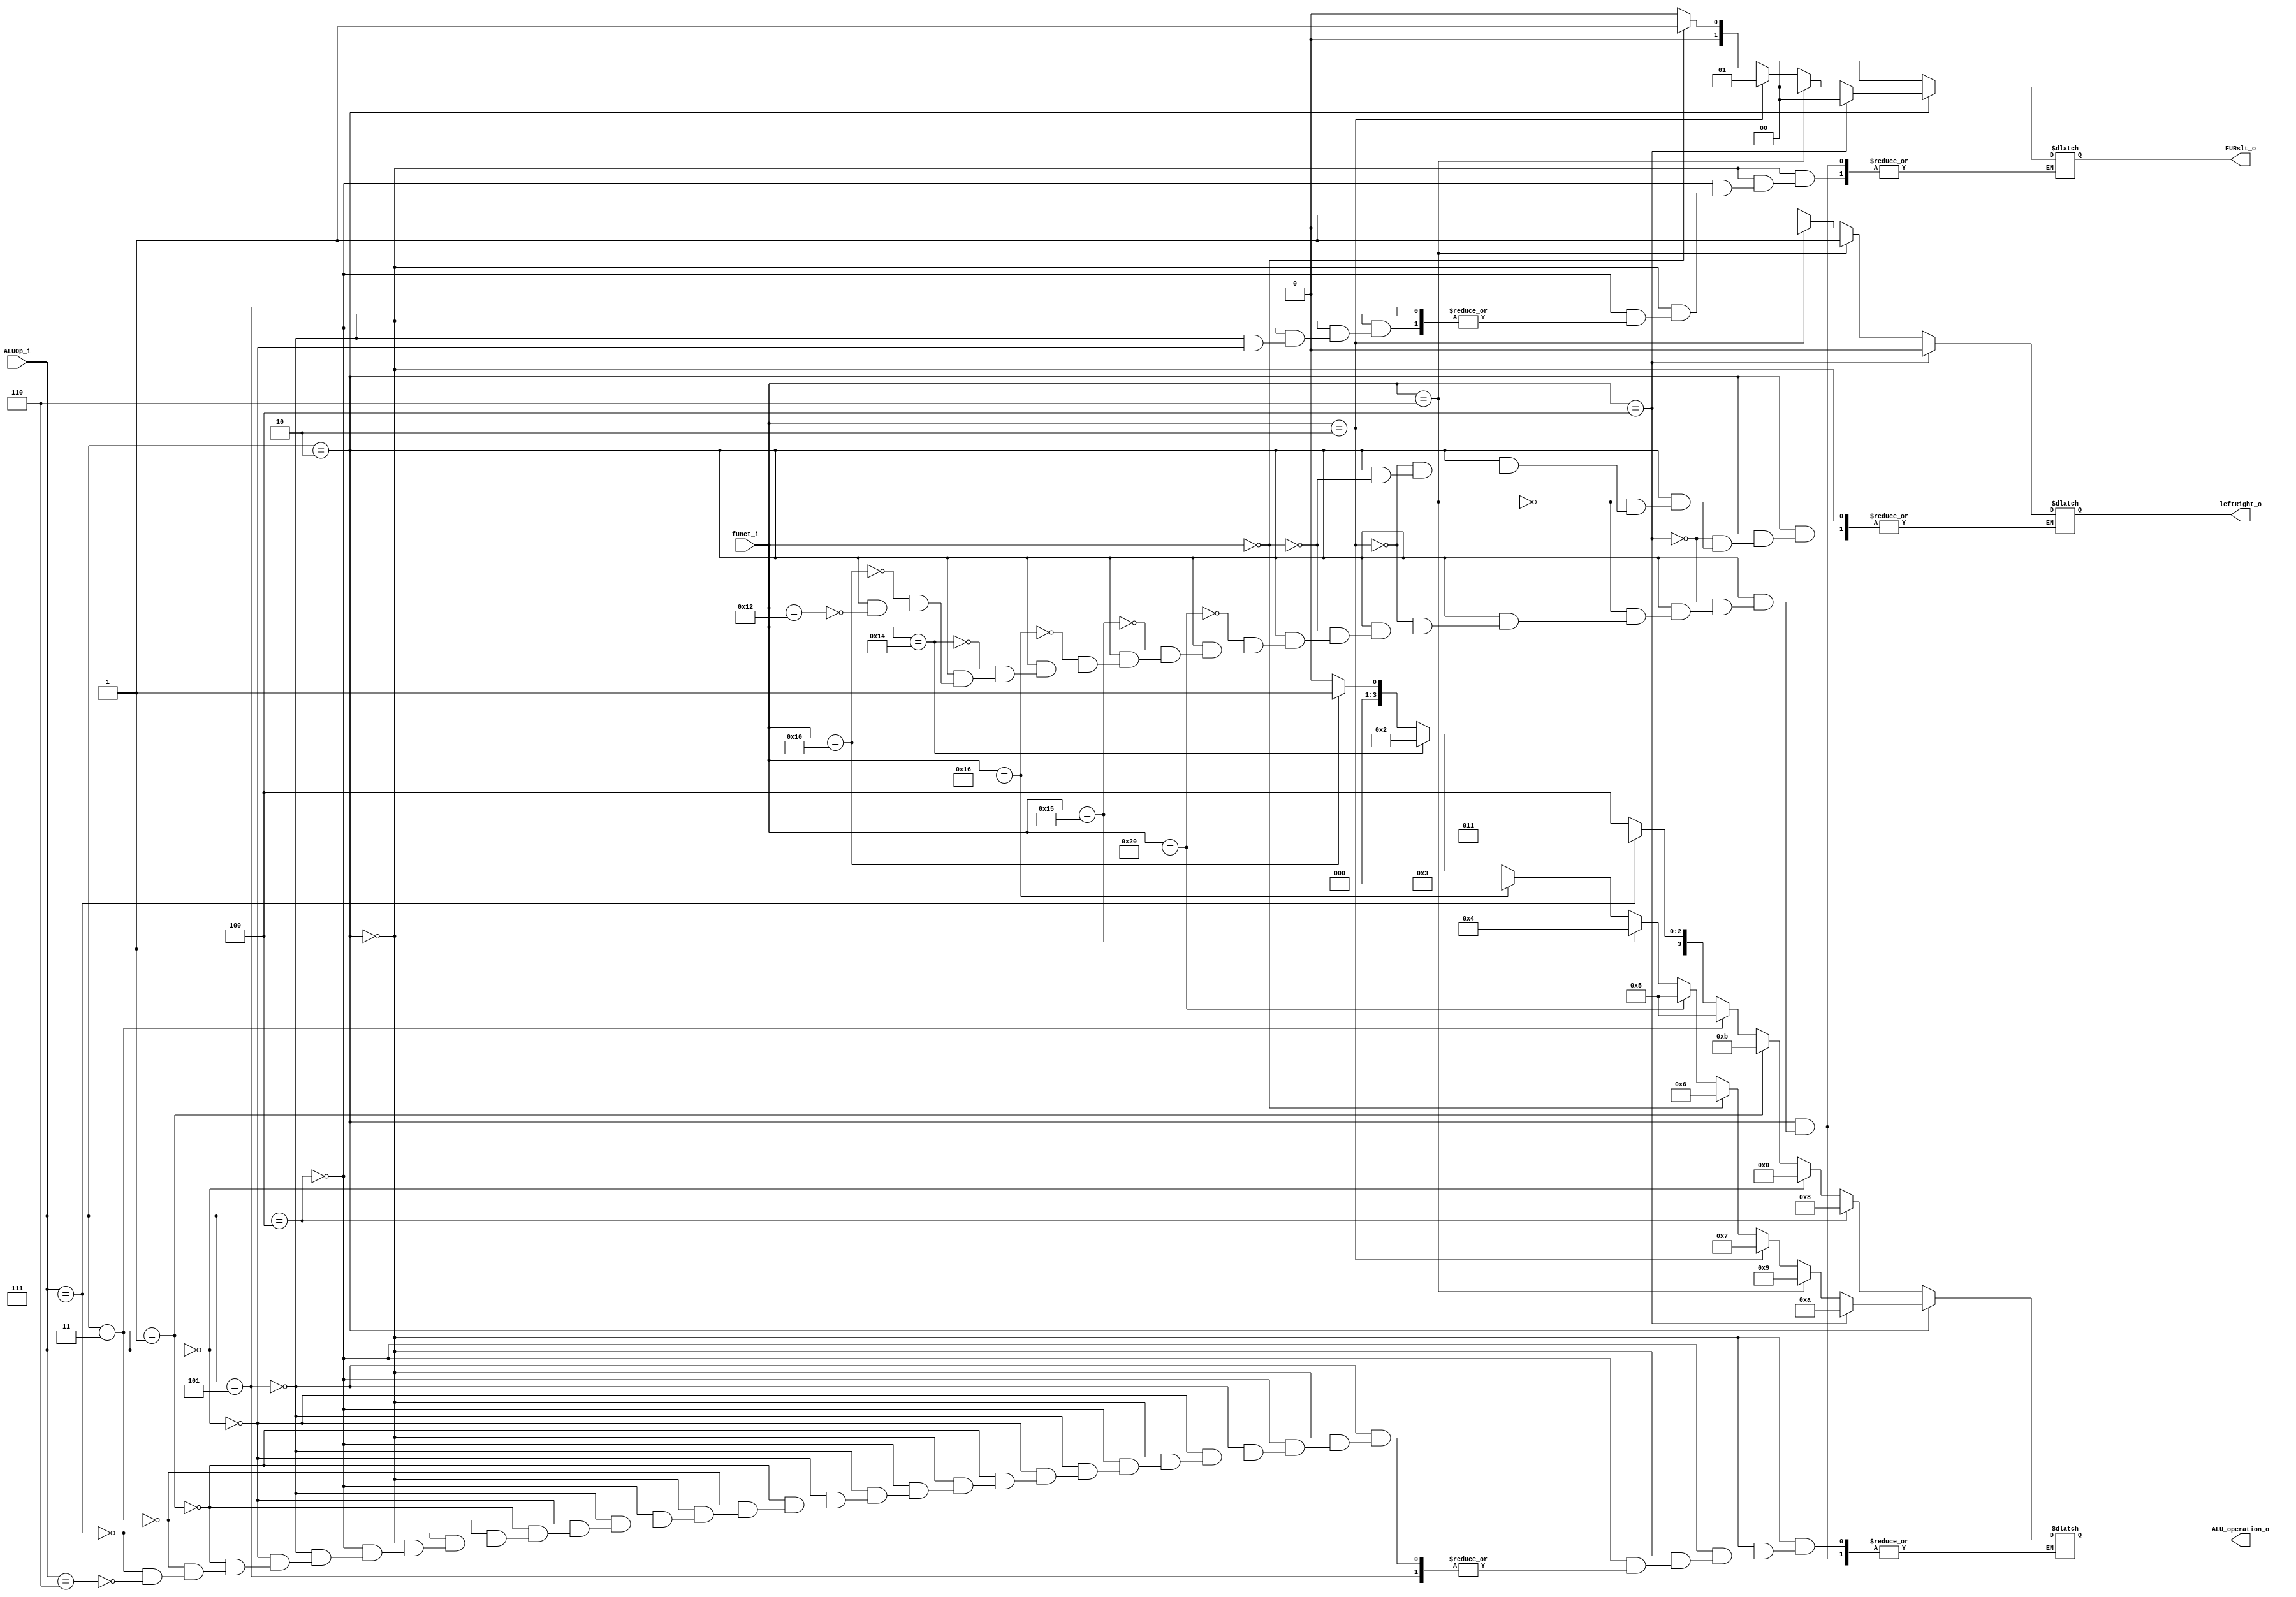
module ALU_Ctrl( funct_i, ALUOp_i, ALU_operation_o, leftRight_o, FURslt_o);

//I/O ports 
input      [6-1:0] funct_i;
input      [3-1:0] ALUOp_i;

output     [4-1:0] ALU_operation_o;
output	   leftRight_o;
output     [2-1:0] FURslt_o;
     
//Internal Signals
wire		[4-1:0] ALU_operation_o;
wire		leftRight_o;
wire		[2-1:0] FURslt_o;

//Main function
/*your code here*/
reg 		[4-1:0] alu_operation;
reg		LR;
reg			[2-1:0] furslt;
always@(*) begin
if(ALUOp_i == 3'b010) begin // R-type
	if(funct_i == 6'b010010) begin
		alu_operation = 4'b0000; //ADD
		furslt = 2'b00;
	end
	if(funct_i == 6'b010000) begin
		alu_operation = 4'b0001; //SUB
		furslt = 2'b00;
	end 
	if(funct_i == 6'b010100) begin
		alu_operation = 4'b0010; //AND
		furslt = 2'b00;
	end 
	if(funct_i == 6'b010110) begin
		alu_operation = 4'b0011; //OR
		furslt = 2'b00;
	end
	if(funct_i == 6'b010101) begin
		alu_operation = 4'b0100; //NOR
		furslt = 2'b00;
	end 
	if(funct_i == 6'b100000) begin
		alu_operation = 4'b0101; //SLT
		furslt = 2'b00;
	end 
	if(funct_i == 6'b000000) begin
		alu_operation = 4'b0110; //SLL
		LR = 1;
		furslt = 2'b01;
	end 
	if(funct_i == 6'b000010) begin
		alu_operation = 4'b0111; //SRL
		LR = 0;
		furslt = 2'b01;
	end
	if(funct_i == 6'b000110) begin
		alu_operation = 4'b1001; //SRLV
		LR = 1;
		furslt = 2'b00;
	end
	if(funct_i == 6'b000100) begin
		alu_operation = 4'b1010; //SLLV
		LR = 0;
		furslt = 2'b00;
	end
end
else if(ALUOp_i == 3'b100) begin	
	alu_operation = 4'b1000; //ADDI
	furslt = 2'b00;
end
else if(ALUOp_i == 3'b101) begin //lui
	
end
else if(ALUOp_i == 3'b000) begin //lw, sw
	alu_operation = 4'b0000;
	furslt = 2'b00;
end
else if(ALUOp_i == 3'b001) begin //beq, bne
	alu_operation = 4'b1011;
end
else if (ALUOp_i == 3'b011) begin // blt
	alu_operation = 4'b0101;
end
else if (ALUOp_i == 3'b111) begin // bnez
	alu_operation = 4'b1011;
end
else if (ALUOp_i == 3'b110) begin // bgez
	alu_operation = 4'b1100;
end

end

assign ALU_operation_o = alu_operation;
assign leftRight_o = LR;
assign FURslt_o = furslt;

endmodule